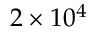
2 \times 1 0 ^ { 4 }